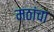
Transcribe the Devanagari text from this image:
मठांचा